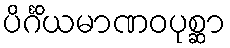
ပိင်္ဂိယမာဏဝပုစ္ဆာ